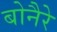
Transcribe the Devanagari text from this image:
बोनैरे